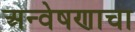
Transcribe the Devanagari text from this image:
अन्वेषणाचा